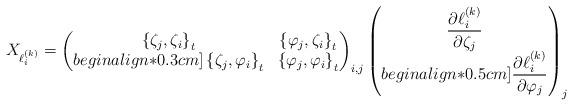
LaTeX: \begin{align*}X_{\ell_i^{(k)}} =\begin{pmatrix}\left\{ \zeta_j, \zeta_i\right\}_t & \left\{ \varphi_j, \zeta_i\right\}_t \\begin{align*}0.3cm]\left\{ \zeta_j, \varphi_i\right\}_t & \left\{ \varphi_j, \varphi_i\right\}_t \\\end{pmatrix}_{i,j}\begin{pmatrix}\dfrac{\partial\ell_i^{(k)}}{\partial \zeta_j} \\begin{align*}0.5cm]\dfrac{\partial\ell_i^{(k)}}{\partial \varphi_j} \\\end{pmatrix}_{j}\end{align*}